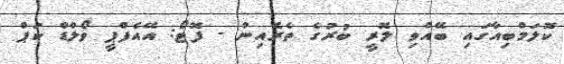
ކޮލަމްބިއާގައި ބޭއްވި ލޮރީ ބުރުގެ ތެރެއިން - ފޮޓޯ: އޭއެފްޕީ ވޯލްޑް ކަޕް